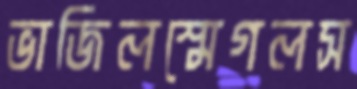
ভাজিলস্মেগলস